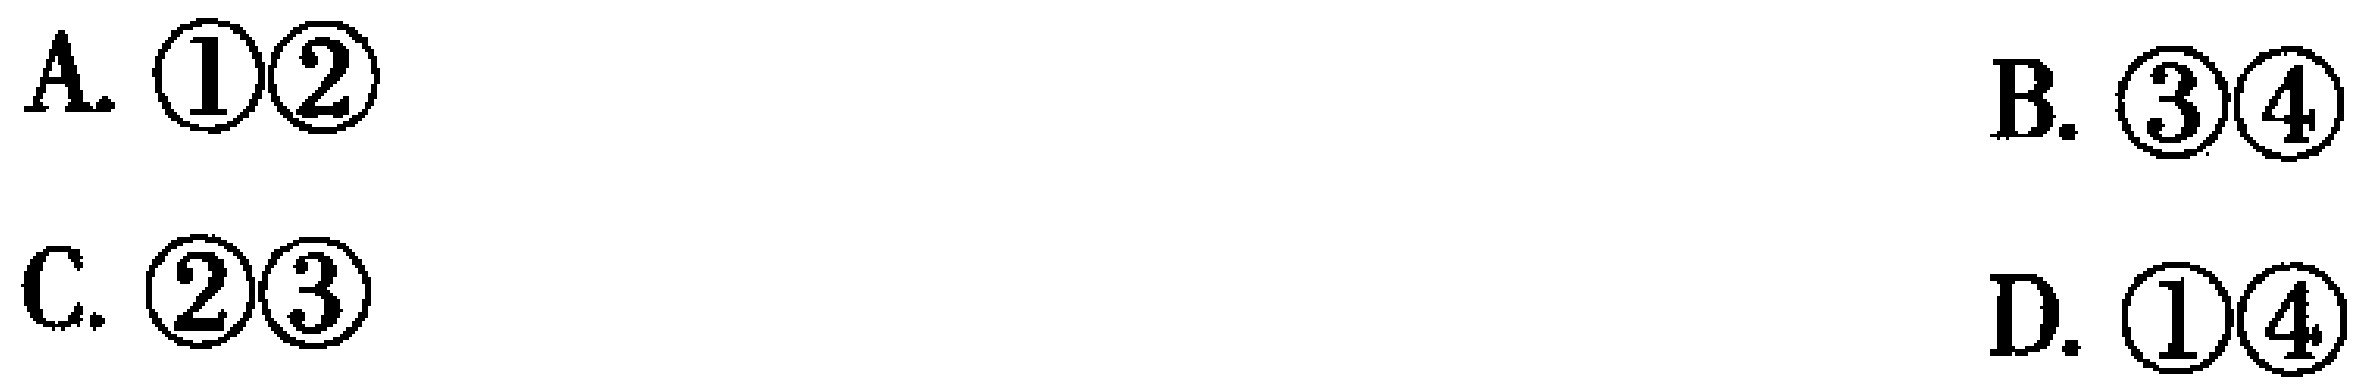
A. \textcircled{1}\textcircled{2}
B. \textcircled{3}\textcircled{4}
C. \textcircled{2}\textcircled{3}
D. \textcircled{1}\textcircled{4}